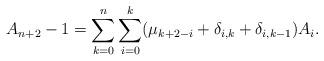
LaTeX: \begin{align*}A_{n+2}-1=\sum_{k=0}^n\sum_{i=0}^k(\mu_{k+2-i}+\delta_{i,k}+\delta_{i,k-1})A_i.\end{align*}